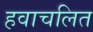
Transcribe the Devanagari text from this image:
हवाचलित